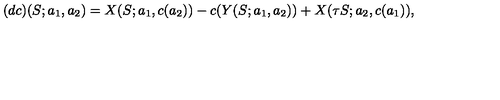
( d c ) ( S ; a _ { 1 } , a _ { 2 } ) = X ( S ; a _ { 1 } , c ( a _ { 2 } ) ) - c ( Y ( S ; a _ { 1 } , a _ { 2 } ) ) + X ( \tau S ; a _ { 2 } , c ( a _ { 1 } ) ) ,